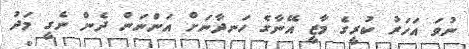
ނުވަ އަހަރު ކުރީގެ މާޒީ އޭނާގެ ހަނދާނަށް އަންނަން ދެން ނެގީ މަދު